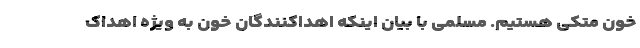
خون متکی هستیم. مسلمی با بیان اینکه اهداکنندگان خون به ویژه اهداک